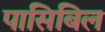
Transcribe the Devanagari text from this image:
पासिबिल